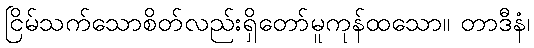
ငြိမ်သက်သောစိတ်လည်းရှိတော်မူကုန်ထသော။ တာဒီနံ၊